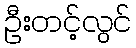
ဦးတင့်လွင်